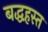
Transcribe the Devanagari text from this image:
बद्धहस्त